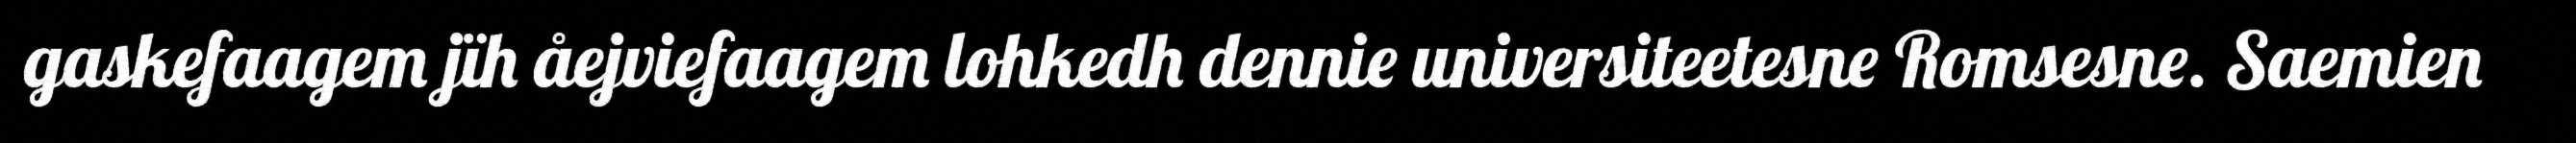
gaskefaagem jïh åejviefaagem lohkedh dennie universiteetesne Romsesne. Saemien